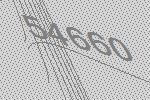
54660